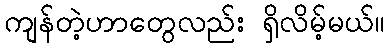
ကျန်တဲ့ဟာတွေလည်း ရှိလိမ့်မယ်။